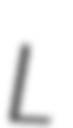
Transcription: L